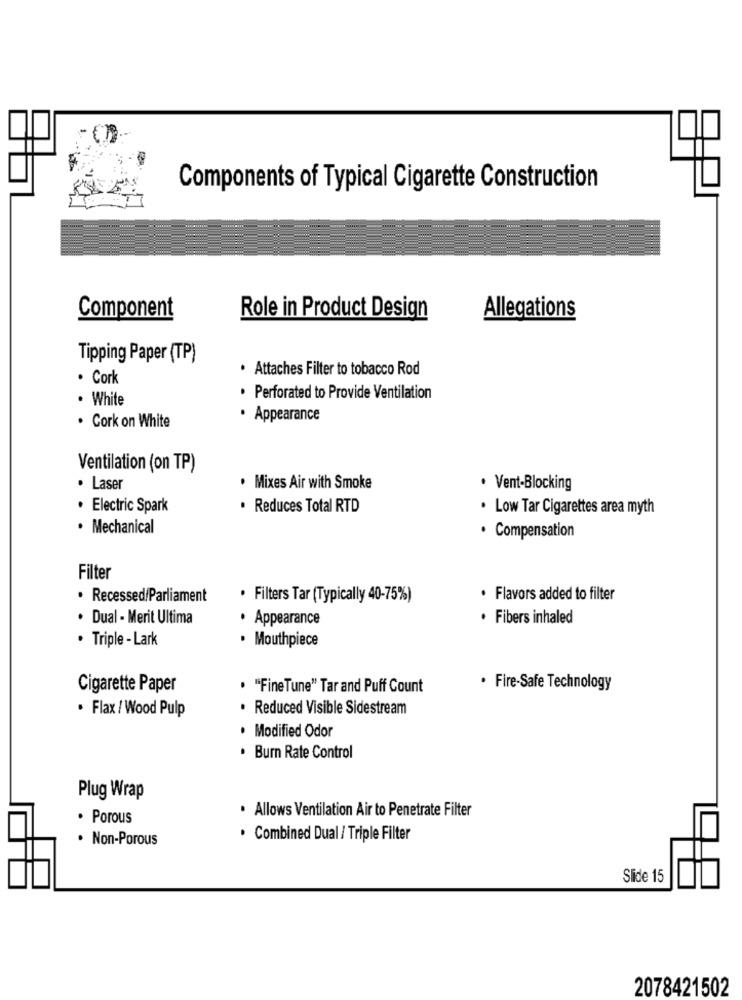
Components of Typical Cigarette Construction
Component
Role in Product Design
Allegations
Tipping Paper (TP)
· Attaches Filter to tobacco Rod
· Cork
. White
· Perforated to Provide Ventilation
· Appearance
. Cork on White
Ventilation (on TP)
· Laser
· Mixes Air with Smoke
. Vent-Blocking
· Electric Spark
. Reduces Total RTD
. Low Tar Cigarettes area myth
· Mechanical
· Compensation
Filter
· Recessed/Parliament
· Filters Tar (Typically 40-75%)
· Flavors added to filter
· Dual - Merit Ultima
· Appearance
· Fibers inhaled
· Triple - Lark
· Mouthpiece
Cigarette Paper
. "FineTune" Tar and Puff Count
· Fire-Safe Technology
. Flax / Wood Pulp
· Reduced Visible Sidestream
· Modified Odor
. Burn Rate Control
Plug Wrap
· Allows Ventilation Air to Penetrate Filter
· Porous
· Non-Porous
· Combined Dual / Triple Filter
Slide 15
2078421502